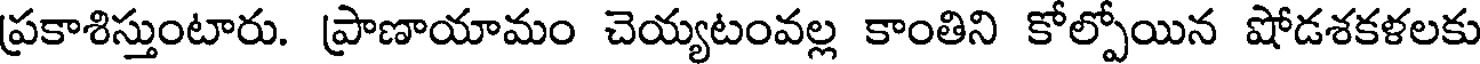
ప్రకాశిస్తుంటారు. ప్రాణాయామం చెయ్యటంవల్ల కాంతిని కోల్పోయిన షోడశకళలకు